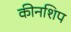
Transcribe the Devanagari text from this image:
कीनशिप